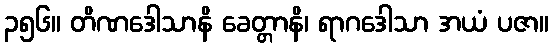
၃၅၆။ တိဏဒေါသာနိ ခေတ္တာနိ၊ ရာဂဒေါသာ အယံ ပဇာ။